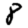
Digit: 8